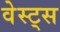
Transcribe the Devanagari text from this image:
वेस्ट्स